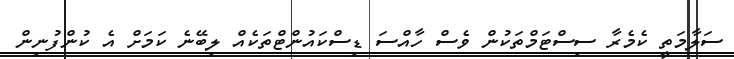
ސަލާމަތީ ކެމެރާ ސިސްޓަމްތަކުން ވެސް ހާއްސަ ޑިސްކައުންޓްތަކެއް ލިބޭނެ ކަަމަށް އެ ކުންފުނިން